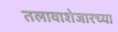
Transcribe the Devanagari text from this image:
तलावाशेजारच्या